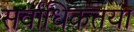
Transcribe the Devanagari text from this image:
सर्वाधिकतया